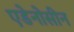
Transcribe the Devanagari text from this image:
एडेनोसीन